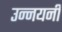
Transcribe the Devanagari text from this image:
उन्नयनी